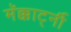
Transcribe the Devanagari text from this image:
मॅक्कार्ट्नी